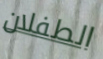
الطفلان